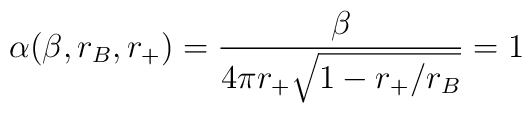
\alpha(\beta,r_B,r_+)={\beta \over 4\pi r_+\sqrt{1 - {r_+ /r_B}}}=1